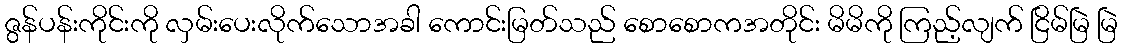
ဇွန်ပန်းကိုင်းကို လှမ်းပေးလိုက်သောအခါ ကောင်းမြတ်သည် စောစောကအတိုင်း မိမိကို ကြည့်လျက် ငြိမ်မြဲ မြဲ